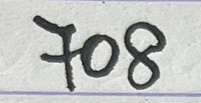
708